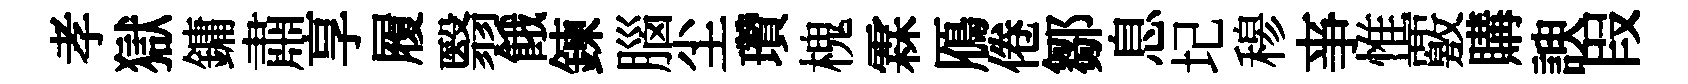
孝獄鏞肅享履翳餓鍊腦尘瓚槐霖鴈倦鄒息圮𥠇亊惟覈購諛叚